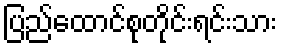
ပြည်ထောင်စုတိုင်းရင်းသား